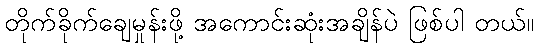
တိုက်ခိုက်ချေမှုန်းဖို့ အကောင်းဆုံးအချိန်ပဲ ဖြစ်ပါ တယ်။